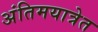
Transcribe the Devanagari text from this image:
अंतिमयात्रेत